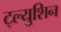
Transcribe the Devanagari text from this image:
ट्ल्युशिन